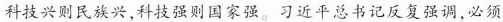
科技兴则民族兴，科技强则国家强。习近平总书记反复强调，必须